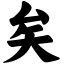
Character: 矣